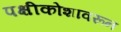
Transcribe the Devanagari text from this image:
पक्षीकोशावरून